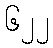
၆၂၂